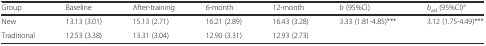
<table><thead><tr><td><b>Group</b></td><td><b>Baseline</b></td><td><b>After-training</b></td><td><b>6-month</b></td><td><b>12-month</b></td><td><b><i>b</i> (95%CI)</b></td><td><b><i>b</i><sub>ad</sub> (95%CI)<sup>a</sup></b></td></tr></thead><tbody><tr><td>New</td><td>13.13 (3.01)</td><td>15.13 (2.71)</td><td>16.21 (2.89)</td><td>16.43 (3.28)</td><td>3.33 (1.81-4.85)***</td><td>3.12 (1.75-4.49)***</td></tr><tr><td>Traditional</td><td>12.53 (3.38)</td><td>13.31 (3.04)</td><td>12.90 (3.31)</td><td>12.93 (2.73)</td><td></td><td></td></tr></tbody></table>